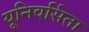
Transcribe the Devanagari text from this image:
यूनिवर्सिता